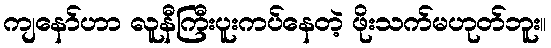
ကျနော်ဟာ လူနီကြီးပူးကပ်နေတဲ့ ဖိုးသက်မဟုတ်ဘူး။